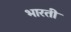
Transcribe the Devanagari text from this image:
भारतीे